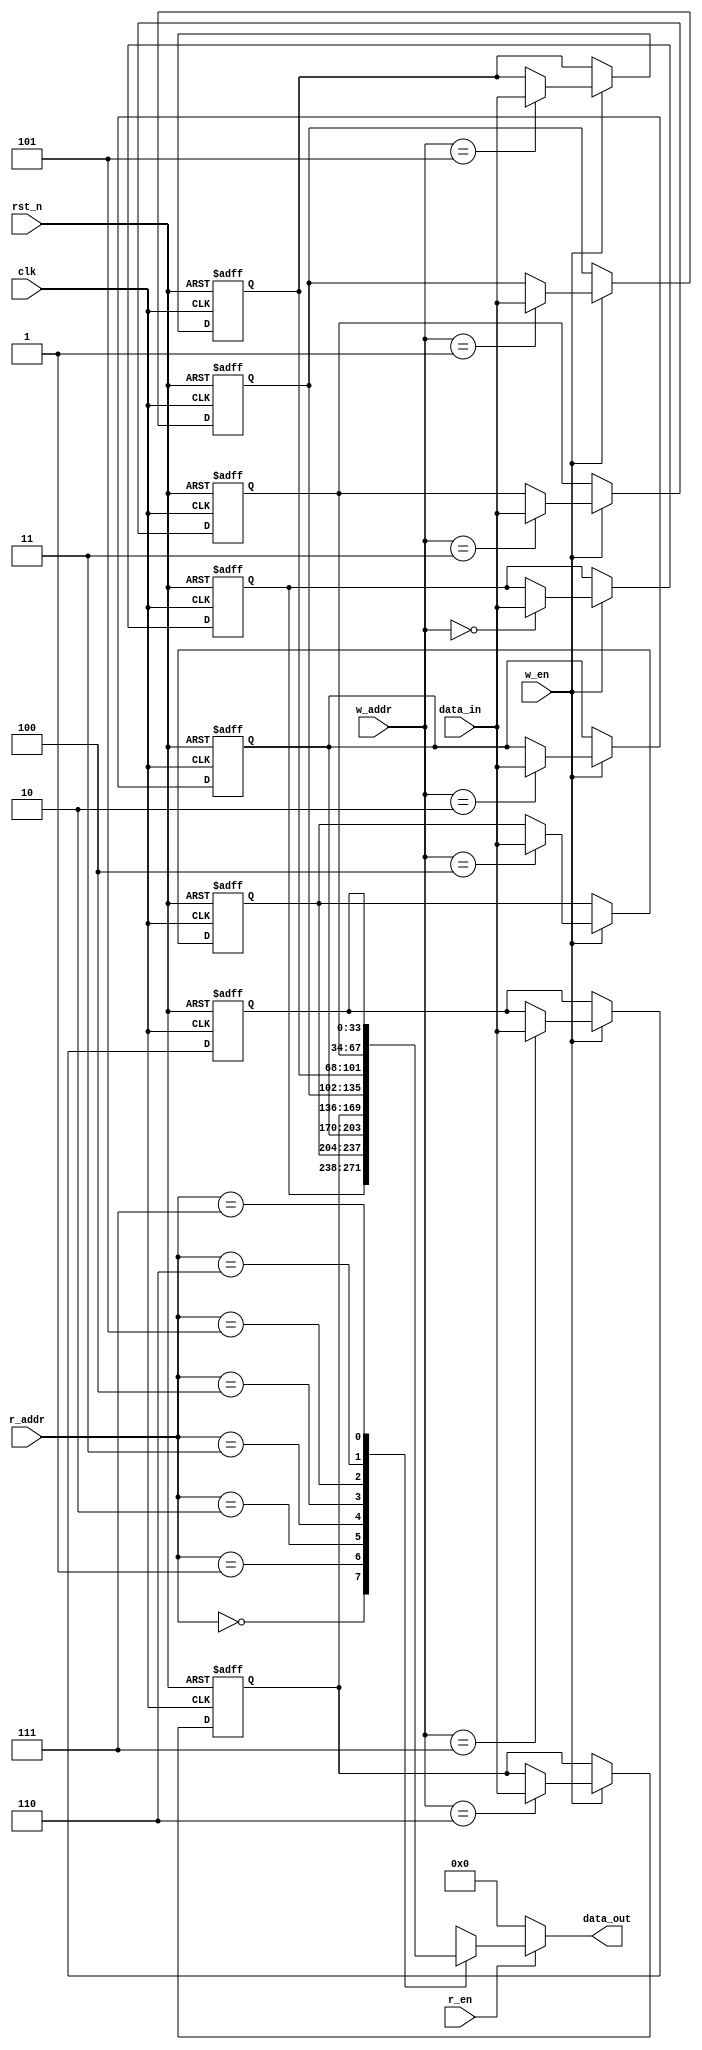
`timescale 1ns/10ps
module reg_sort #(parameter WIDTH = 34)(
	input  clk,
	input  rst_n,
	input  w_en,
	input  r_en,
	input  [2:0] w_addr,
	input  [2:0] r_addr,
	input  [WIDTH-1:0] data_in,
	output reg [WIDTH-1:0] data_out
);

reg [WIDTH-1:0] reg_m [7:0];

always@(*)
begin
  if(r_en)
    data_out = reg_m[r_addr];
  else
    data_out = 34'b0;
end

always@(posedge clk or negedge rst_n)
begin
  if(!rst_n)
  begin
    reg_m[0] <= 34'b0;
    reg_m[1] <= 34'b0;
    reg_m[2] <= 34'b0;
    reg_m[3] <= 34'b0;
    reg_m[4] <= 34'b0;
    reg_m[5] <= 34'b0;
    reg_m[6] <= 34'b0;
    reg_m[7] <= 34'b0;
  end
  else if(w_en)
  begin
    case(w_addr)
    3'b000: reg_m[0] <= data_in;
    3'b001: reg_m[4] <= data_in;
    3'b010: reg_m[2] <= data_in;
    3'b011: reg_m[6] <= data_in;
    3'b100: reg_m[1] <= data_in;
    3'b101: reg_m[5] <= data_in;
    3'b110: reg_m[3] <= data_in;
    3'b111: reg_m[7] <= data_in;
    default: ;
    endcase
  end
  else
    ;
end

endmodule